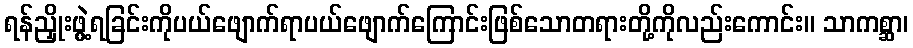
ရန်ညှိုးဖွဲ့ရခြင်းကိုပယ်ဖျောက်ရာပယ်ဖျောက်ကြောင်းဖြစ်သောတရားတို့ကိုလည်းကောင်း။ သာကစ္ဆာ၊